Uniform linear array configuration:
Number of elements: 48
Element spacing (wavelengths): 0.25
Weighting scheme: uniform
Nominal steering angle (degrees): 30
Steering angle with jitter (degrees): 31.125
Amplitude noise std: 0.05
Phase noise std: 0.05

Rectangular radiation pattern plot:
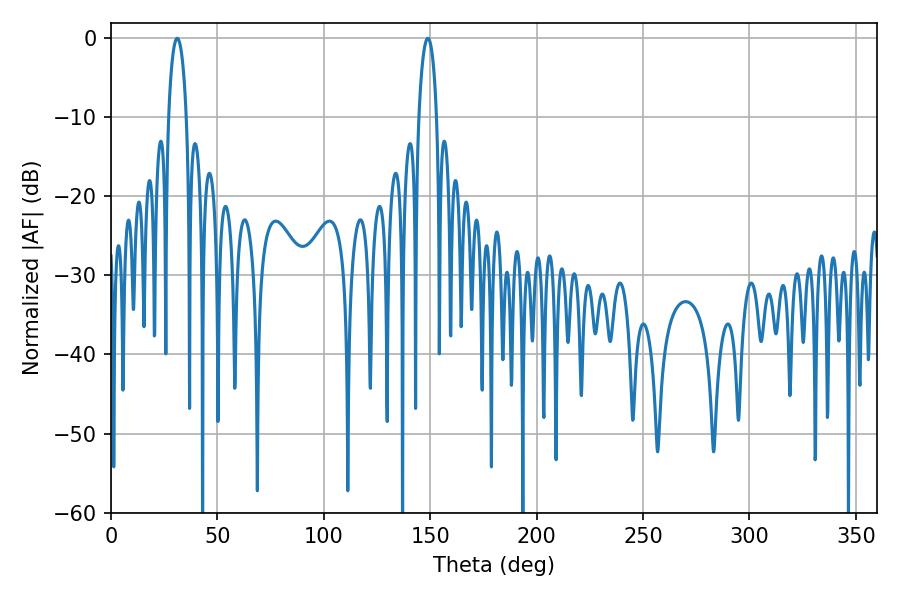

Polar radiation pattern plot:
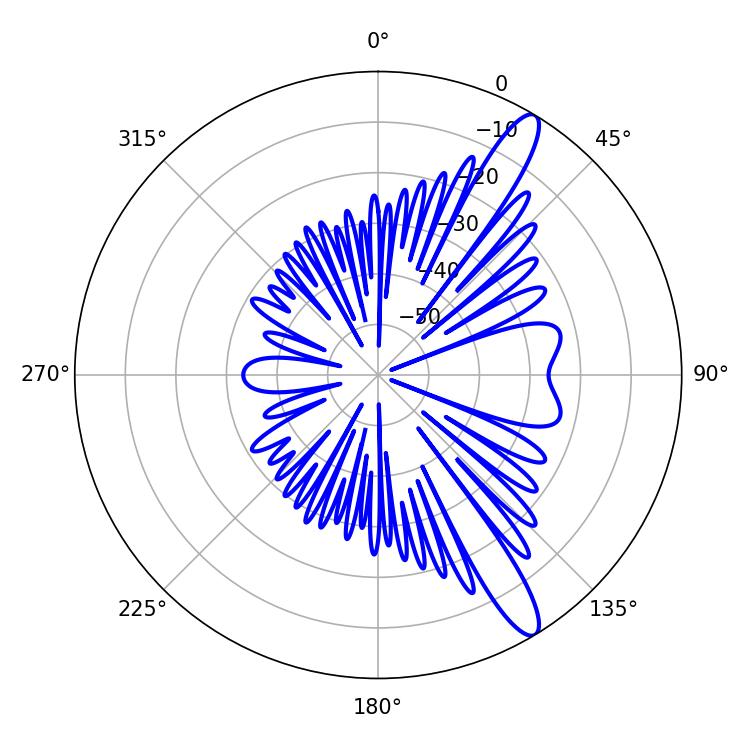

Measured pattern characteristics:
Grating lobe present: FALSE
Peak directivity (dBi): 12.943
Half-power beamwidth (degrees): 4.68
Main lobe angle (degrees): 31.14